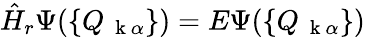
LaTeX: \hat{H}_{r}\Psi(\{ Q_{\mathrm{~\mathbf~k~}\alpha}\} )=E\Psi(\{ Q_{\mathrm{~\mathbf~k~}\alpha}\} )